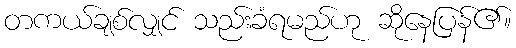
တကယ်ချစ်လျှင် သည်းခံရမည်ဟု ဆိုနေပြန်၏။